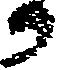
か